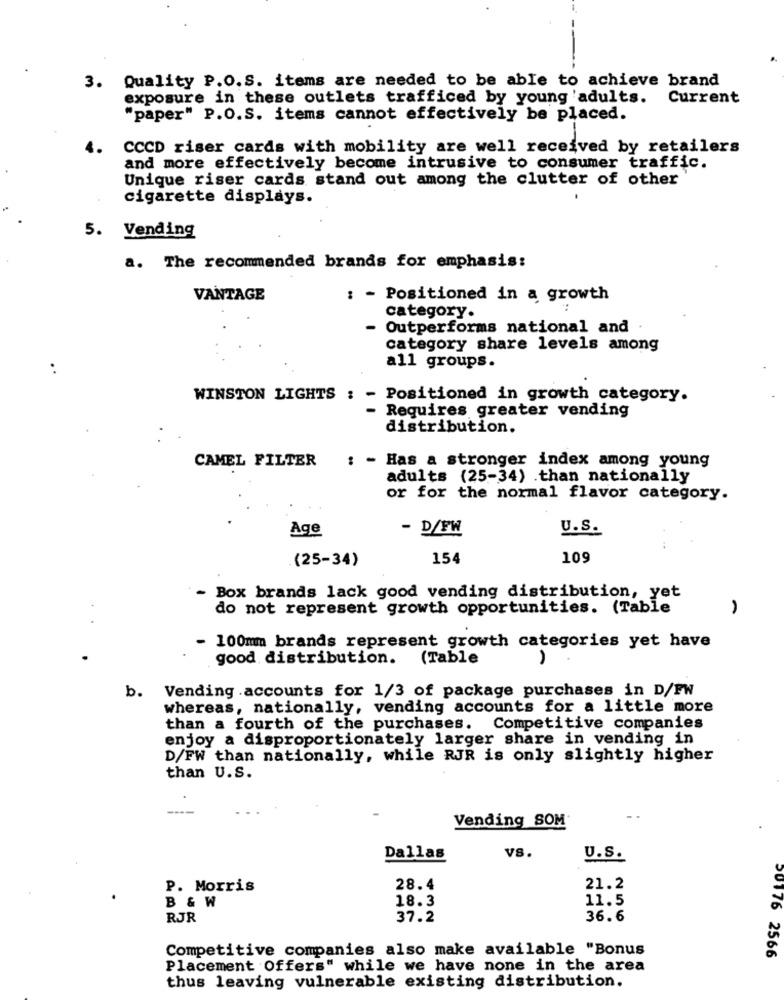
3. Quality P.O.S. items are needed to be able to achieve brand
exposure in these outlets trafficed by young adults.
Current
"paper" P.O.S. items cannot effectively be placed.
CCCD riser cards with mobility are well received by retailers
and more effectively become intrusive to consumer traffic.
Unique riser cards stand out among the clutter of other'
cigarette displays.
5. Vending
a. The recommended brands for emphasis:
VANTAGE
: - Positioned in a growth
category.
Outperforms national and
category share levels among
all groups.
WINSTON LIGHTS : - Positioned in growth category.
Requires greater vending
distribution.
CAMEL FILTER
: - Has a stronger index among young
adults (25-34) .than nationally
or for the normal flavor category.
Age
- D/FW
U.S.
(25-34)
154
109
- Box brands lack good vending distribution, yet
do not represent growth opportunities. (Table
- 100mm brands represent growth categories yet have
good distribution.
(Table
A
b. Vending .accounts for 1/3 of package purchases in D/FW
whereas, nationally, vending accounts for a little more
than a fourth of the purchases. Competitive companies
enjoy a disproportionately larger share in vending in
D/FW than nationally, while RJR is only slightly higher
than U.S.
Vending SOM
Dallas
vs.
U.S.
P. Morris
28.4
21.2
18.3
11.5
B & W
RJR
37.2
36.6
Competitive companies also make available "Bonus
20176 2566
Placement Offers" while we have none in the area
thus leaving vulnerable existing distribution.